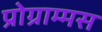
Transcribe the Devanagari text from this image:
प्रोग्राम्मस